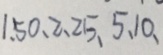
1 . 5 0 、 2 、 2 5 、 5 、 1 0 、